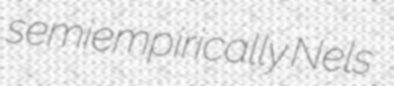
semiempirically Nels